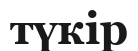
түкір